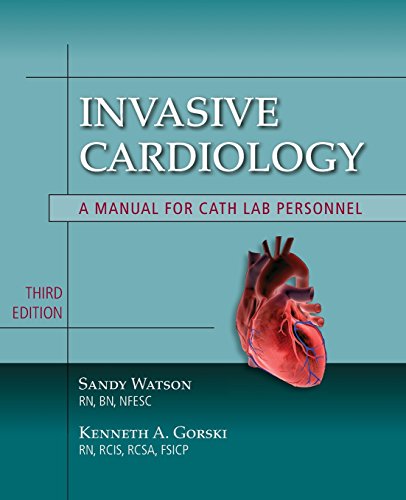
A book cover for Invasive Cardiology: A Manual For Cath Lab Personnel (Learning Cardiology); Sandy Watson; Medical Books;